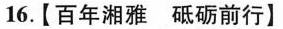
16.【 百年湘雅 砥砺前行 】